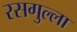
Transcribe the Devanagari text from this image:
रसगुल्‍ला